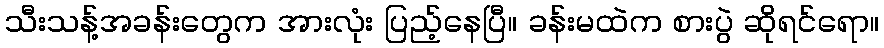
သီးသန့်အခန်းတွေက အားလုံး ပြည့်နေပြီ။ ခန်းမထဲက စားပွဲ ဆိုရင်ရော။